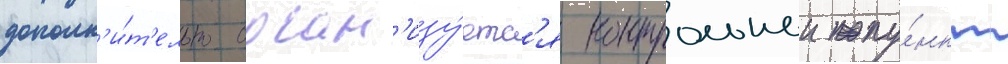
дополн'и́т'ельно орган'изу́етс'я контрольныи пу́нкт